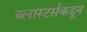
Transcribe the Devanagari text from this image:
ब्लास्टर्सकडून